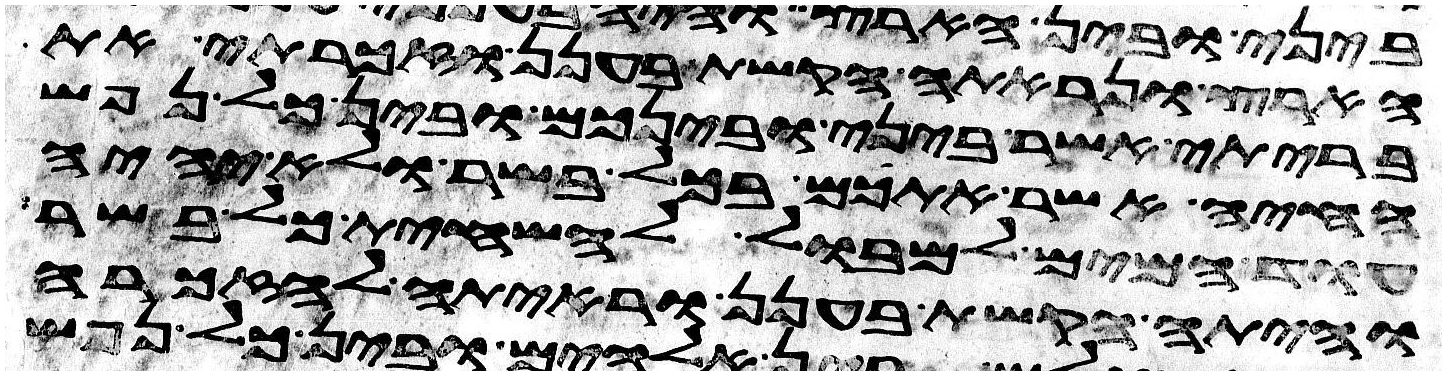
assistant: הארץ ונראתה הקשת בענן וזכרתי את
בריתי אשר ביני ובינכם ובין כל נפש
החיה אשר אתכם בכל בשר ולא יהיה
עוד המים למבול להשחית כל בשר
והיתה הקשת בענן וראיתה לאזכרה